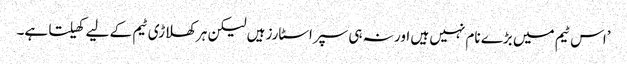
’اس ٹیم میں بڑے نام نہیں ہیں اور نہ ہی سپراسٹارز ہیں لیکن ہر کھلاڑی ٹیم کے لیے کھیلتا ہے۔